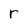
Character: r